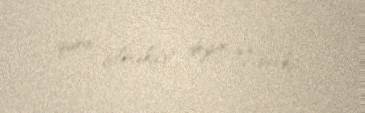
qura bilməkdir", deyir Trenkic.